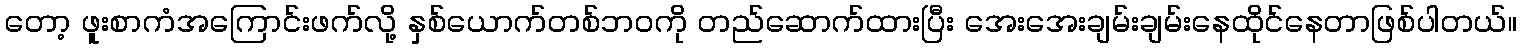
တော့ ဖူးစာကံအကြောင်းဖက်လို့ နှစ်ယောက်တစ်ဘဝကို တည်ဆောက်ထားပြီး အေးအေးချမ်းချမ်းနေထိုင်နေတာဖြစ်ပါတယ်။